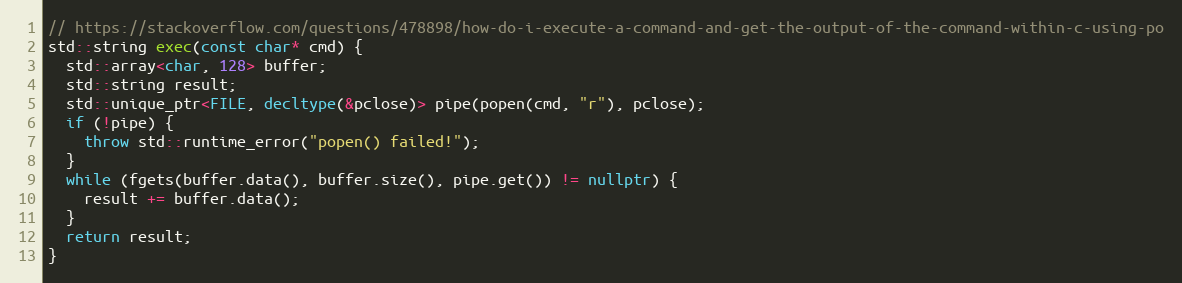
Language: C++
// https://stackoverflow.com/questions/478898/how-do-i-execute-a-command-and-get-the-output-of-the-command-within-c-using-po
std::string exec(const char* cmd) {
  std::array<char, 128> buffer;
  std::string result;
  std::unique_ptr<FILE, decltype(&pclose)> pipe(popen(cmd, "r"), pclose);
  if (!pipe) {
    throw std::runtime_error("popen() failed!");
  }
  while (fgets(buffer.data(), buffer.size(), pipe.get()) != nullptr) {
    result += buffer.data();
  }
  return result;
}